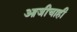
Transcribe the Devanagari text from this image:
आजीचाही